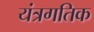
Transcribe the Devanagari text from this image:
यंत्रगतिक